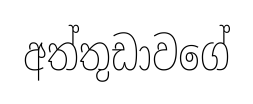
අත්තුඩාවගේ